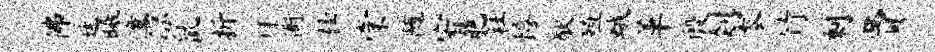
佛廷曦潼凉鼠折拜衙桂棠随宥肥社僖猷殖蛾革殷剡黍竹剩贾